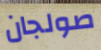
صولجان